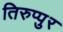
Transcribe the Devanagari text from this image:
तिरुप्पुर